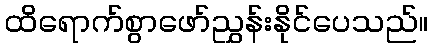
ထိရောက်စွာဖော်ညွှန်းနိုင်ပေသည်။